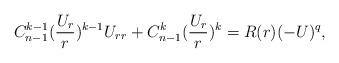
LaTeX: \begin{align*} C_{n-1}^{k-1}(\frac{U_r}{r})^{k-1}U_{rr}+C_{n-1}^k(\frac{U_r}{r})^k=R(r)(-U)^q,\end{align*}